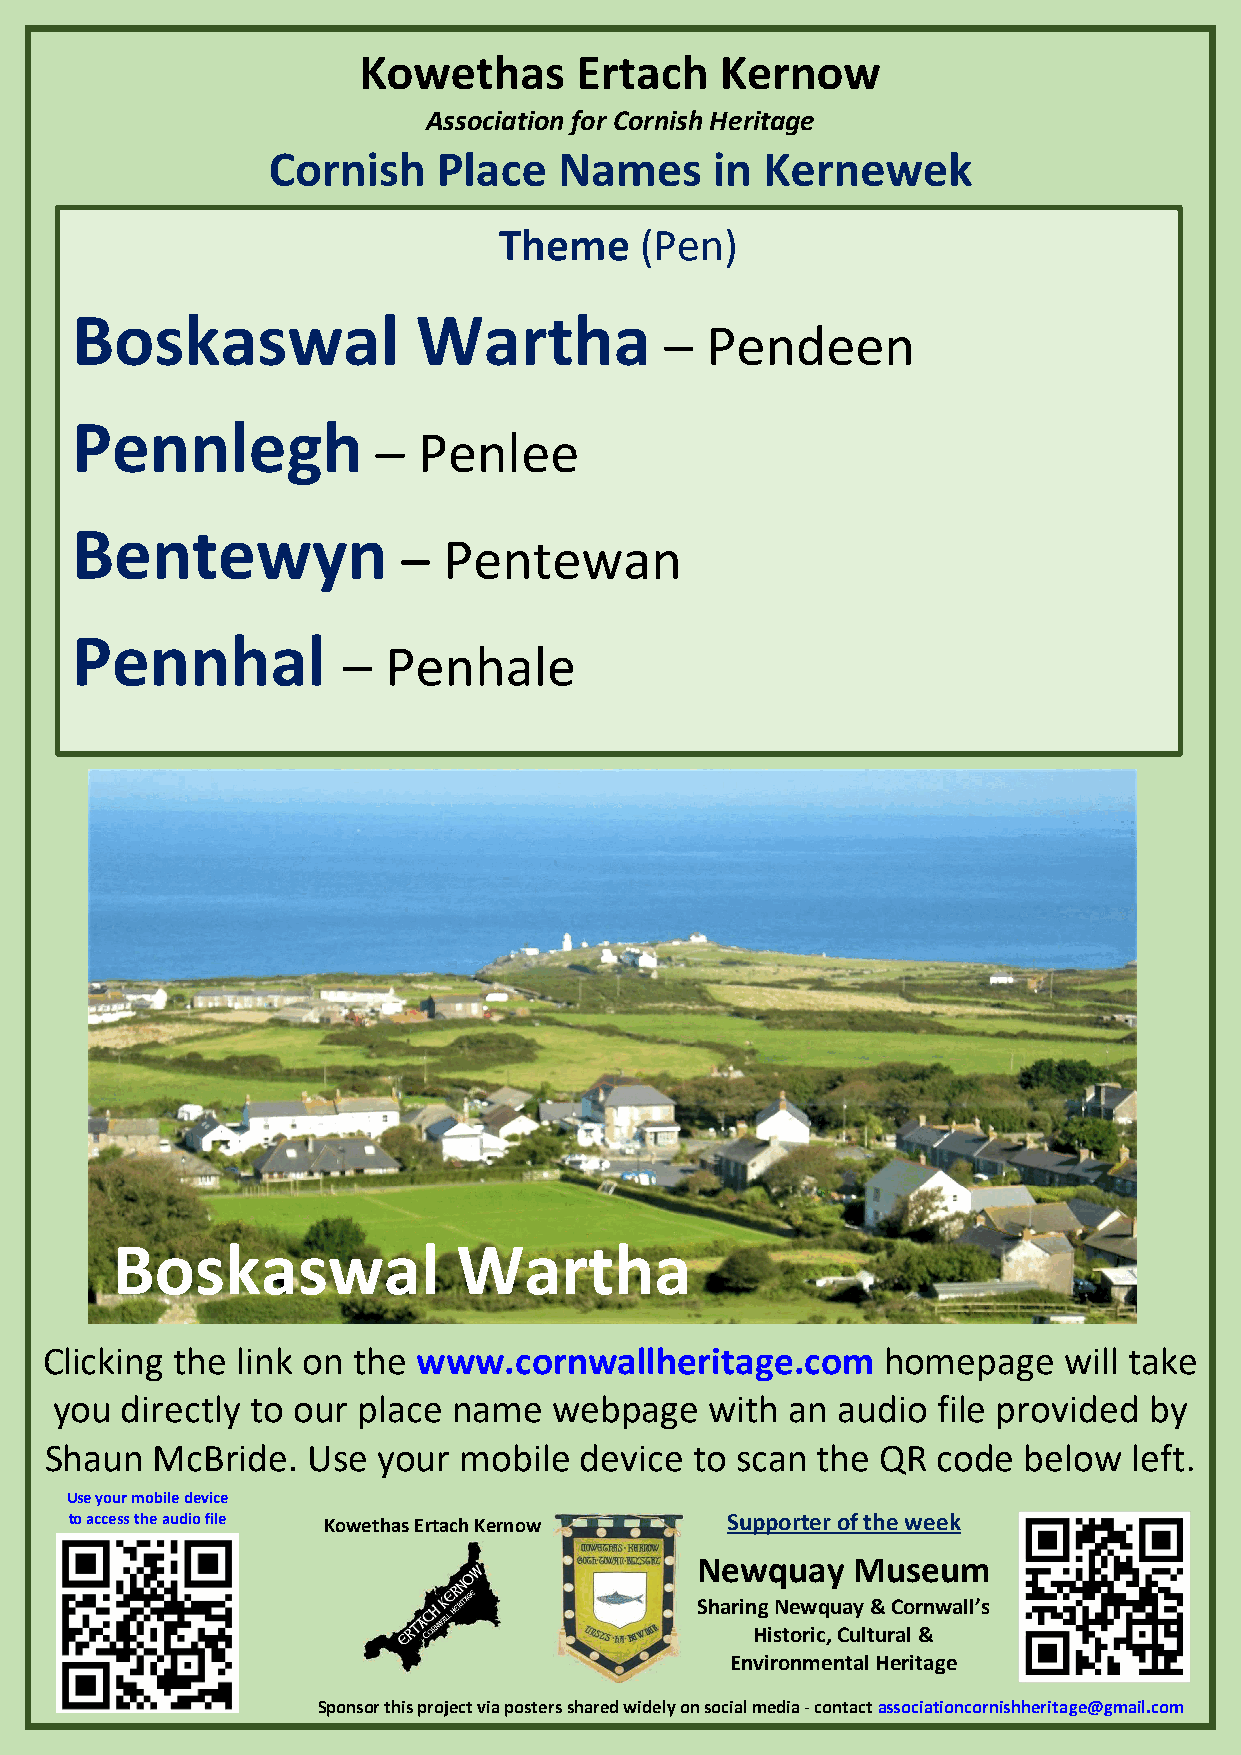
Kowethas      Ertach    Kernow
 Association for Cornish Heritage
 Cornish    Place   Names     in Kernewek
 Theme    (Pen)
 Boskaswal              Wartha
 –  Pendeen
 Pennlegh
 –  Penlee
 Bentewyn
 – Pentew      an
 Pennhal
 –  Penhale
 Boskaswal              Wartha
 Clicking the link on the www.cornwallheritage.com      homepage    will take
 you  directly to our place name   webpage   with an audio  file provided by
 Shaun  McBride.  Use  your mobile  device  to scan the QR  code  below  left.
 Use your mo bile device
 to access the audio file Kowethas Ertach Kernow Supporter o f the week
 Newquay   Museum
 Sharing Newquay & Cornwall’s
 Historic, Cultural &
 Environmental Heritage
 Sponsor this project via posters shared widely on social media - contact associationcornishheritage@gmail.com